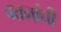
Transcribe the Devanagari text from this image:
वतनांची